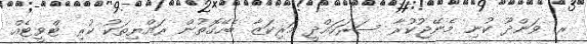
ރ. ވަންދޫ ކުނި މެނޭޖުކުރާ ސަރަހައްދީ މަރިކަޒާ ބެހޭގޮތުން ރައްޔިތަކު ކުރި ޓްވީޓެއް